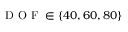
\mathrm { ~ D ~ O ~ F ~ } \in \{ 4 0 , 6 0 , 8 0 \}